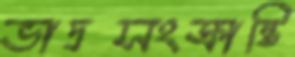
ভাদ্রসংক্রান্তি